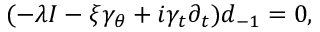
( - \lambda I - \xi \gamma _ { \theta } + i \gamma _ { t } \partial _ { t } ) d _ { - 1 } = 0 ,